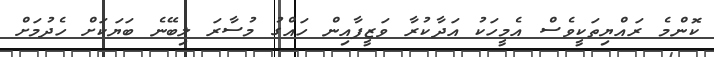
ކޮންމެ ރައްޔިތަކީވެސް އެމީހަކު އަދާކުރާ ވަޒީފާއިން ހައްގު މުސާރަ ލިބޭނެ ބަޔަކަށް ހެދުމަށް